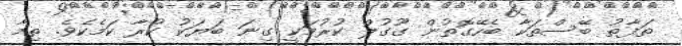
ތަފާތު ބޭސްތަކާ ބެހޭގޮތުން ގޫގުލް ކުރުމަކީ ގިނަ ބަޔަކު ކުރާ ކަމެކެވެ. ތިމާ